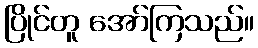
ပြိုင်တူ အော်ကြသည်။